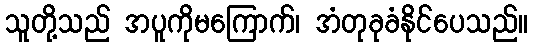
သူတို့သည် အပူကိုမကြောက်၊ အံတုခုခံနိုင်ပေသည်။